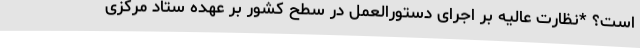
است؟ *نظارت عالیه بر اجرای دستورالعمل در سطح کشور بر عهده ستاد مرکزی